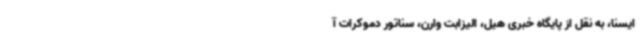
ایسنا، به نقل از پایگاه خبری هیل،‌ الیزابت وارن، سناتور دموکرات آ